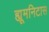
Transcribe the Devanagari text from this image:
ह्यूमनिटास